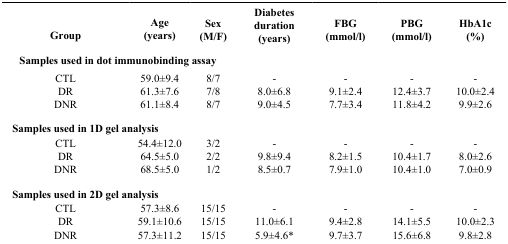
<table><thead><tr><td><b>Group</b></td><td><b>Age (years)</b></td><td><b>Sex (M/F)</b></td><td><b>Diabetes duration (years)</b></td><td><b>FBG (mmol/l)</b></td><td><b>PBG (mmol/l)</b></td><td><b>HbA1c (%)</b></td></tr></thead><tbody><tr><td colspan="7"><b>Samples used in dot immunobinding assay</b></td></tr><tr><td>CTL</td><td>59.0±9.4</td><td>8/7</td><td>-</td><td>-</td><td>-</td><td>-</td></tr><tr><td>DR</td><td>61.3±7.6</td><td>7/8</td><td>8.0±6.8</td><td>9.1±2.4</td><td>12.4±3.7</td><td>10.0±2.4</td></tr><tr><td>DNR</td><td>61.1±8.4</td><td>8/7</td><td>9.0±4.5</td><td>7.7±3.4</td><td>11.8±4.2</td><td>9.9±2.6</td></tr><tr><td colspan="7"><b>Samples used in 1D gel analysis</b></td></tr><tr><td>CTL</td><td>54.4±12.0</td><td>3/2</td><td>-</td><td>-</td><td>-</td><td>-</td></tr><tr><td>DR</td><td>64.5±5.0</td><td>2/2</td><td>9.8±9.4</td><td>8.2±1.5</td><td>10.4±1.7</td><td>8.0±2.6</td></tr><tr><td>DNR</td><td>68.5±5.0</td><td>1/2</td><td>8.5±0.7</td><td>7.9±1.0</td><td>10.4±1.0</td><td>7.0±0.9</td></tr><tr><td colspan="7"><b>Samples used in 2D gel analysis</b></td></tr><tr><td>CTL</td><td>57.3±8.6</td><td>15/15</td><td>-</td><td>-</td><td>-</td><td>-</td></tr><tr><td>DR</td><td>59.1±10.6</td><td>15/15</td><td>11.0±6.1</td><td>9.4±2.8</td><td>14.1±5.5</td><td>10.0±2.3</td></tr><tr><td>DNR</td><td>57.3±11.2</td><td>15/15</td><td>5.9±4.6*</td><td>9.7±3.7</td><td>15.6±6.8</td><td>9.8±2.8</td></tr></tbody></table>